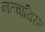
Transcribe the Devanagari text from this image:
नत्चाथिरम